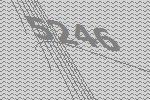
5246